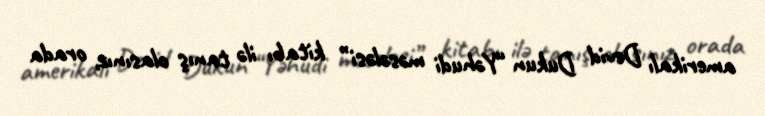
amerikalı Devid Dukun “Yəhudi məsələsi” kitabı ilə tanış olasınız, orada